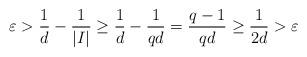
LaTeX: \begin{align*} \varepsilon > \frac{1}{d} - \frac{1}{|I|} \geq \frac{1}{d} - \frac{1}{qd} = \frac{q-1}{qd} \geq \frac{1}{2d} > \varepsilon\end{align*}